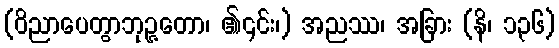
(ဝိညာပေတွာဘုဉ္ဇတော၊ ၏၎င်း၊) အညဿ၊ အခြား (နိ၊ ၁၃၆)